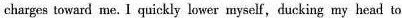
charges toward me.I quickly lower myself,ducking my head to